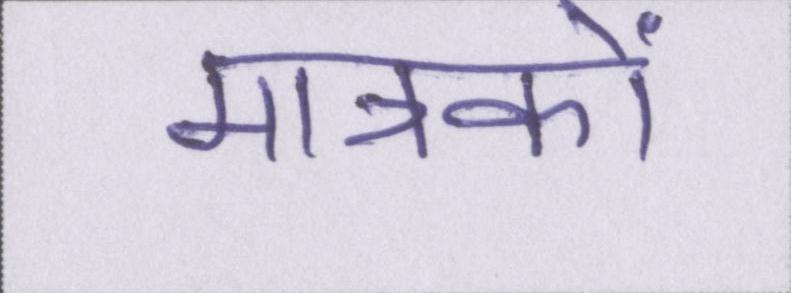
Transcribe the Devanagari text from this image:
मात्रकों